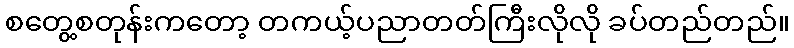
စတွေ့စတုန်းကတော့ တကယ့်ပညာတတ်ကြီးလိုလို ခပ်တည်တည်။